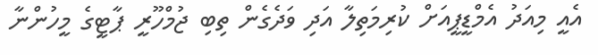
އެއީ މިއަދު އެމްޑީޕީއަށް ކުރިމަތިލާ އަދި ވަދެގެން ތިބި ޖުމްހޫރީ ޕާޓީގެ މީހުންނާ